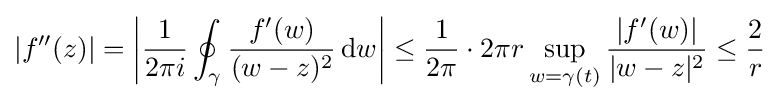
|f''(z)|=\left|{\frac {1}{2\pi i}}\oint _{\gamma }{\frac {f'(w)}{(w-z)^{2}}}\,\mathrm {d} w\right|\leq {\frac {1}{2\pi }}\cdot 2\pi r\sup _{w=\gamma (t)}{\frac {|f'(w)|}{|w-z|^{2}}}\leq {\frac {2}{r}}